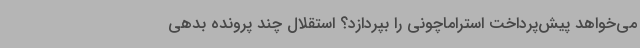
می‌خواهد پیش‌پرداخت استراماچونی را بپردازد؟ استقلال چند پرونده بدهی